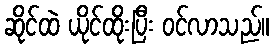
ဆိုင်ထဲ ယိုင်ထိုးပြီး ဝင်လာသည်။